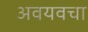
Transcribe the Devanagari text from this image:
अवयवचा